system: You are a helpful assistant.
user:
Analyze the provided spectrum to determine if it is a **"Cataclysmic Variables (CV)"**.

- **Key Indicators for CV (Check for either state):**
    - **State 1: Quiescent / Low-State (Emission-Dominated)**
        - **(Primary):** Strong and *very broad* Hydrogen Balmer emission lines (e.g., $H\alpha$ at 6563 Å, $H\beta$ at 4861 Å). The 'broadness' (high velocity dispersion, often FWHM > 1000 km/s) is the key diagnostic, indicating a high-velocity accretion disk.
        - **(Secondary):** Broad neutral Helium (He I) emission lines (e.g., 5876 Å, 6678 Å).
        - **(Key Confirmation):** Presence of high-excitation *ionized* Helium (He II) emission at 4686 Å. This is a strong indicator of accretion onto a white dwarf.
        - **(Line Profile):** Emission lines may exhibit a 'double-peaked' profile, which is a classic signature of a rotating accretion disk viewed at high inclination.

    - **State 2: Outburst / High-State (Absorption-Dominated)**
        - **(Primary):** Spectrum is dominated by a bright, blue continuum (looks like a hot star).
        - **(Secondary):** The emission lines from State 1 are weak, absent, or 'filled in', and are replaced by broad, shallow *absorption* lines (primarily Balmer and He I).
        - **(Morphology):** The overall spectrum mimics a hot B/A-type star. The crucial difference is that the absorption lines are significantly broader, shallower, and more 'washed-out' (or 'smeared') than the sharp lines of a normal stellar photosphere, due to high rotational speeds and pressure broadening in the disk.

Think first, call **spectral_visualization_tool** if needed to examine features in detail, then provide your final answer. Your response must adhere to the following strict rules:
1.  **Overall Structure:** Your response must follow the format `<think>...</think> <tool_call>...</tool_call> (if a tool is used) <answer>...</answer>`.
2.  **Tool Usage Constraint:** You may only make **one** tool call per turn.
3.  **Final Answer Format:** In the `<answer>` tag, your conclusion must be inside a `\boxed{}` command (e.g., `\boxed{YES}`), followed by your justification.

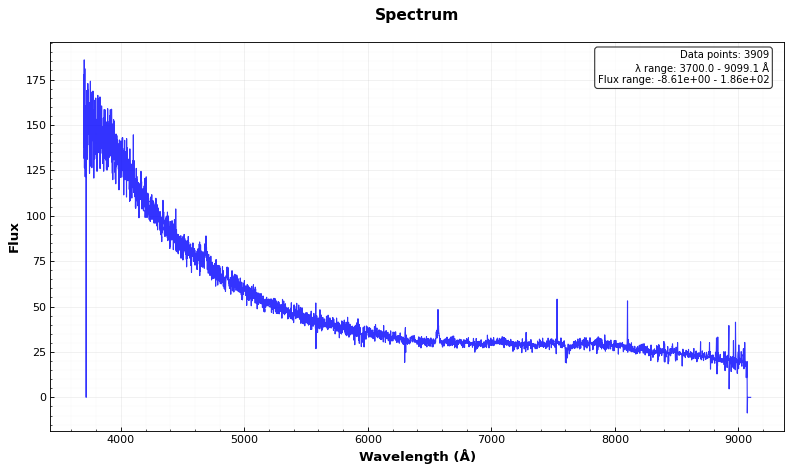
Answer: YES